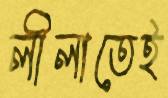
লীলাতেই